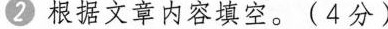
2 根据文章内容填空。(4分)